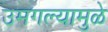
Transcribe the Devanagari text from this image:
उमगल्यामुळे